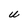
Character: U